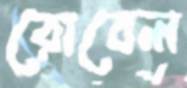
রোবেল